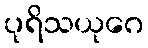
ပုရိသယုဂေ